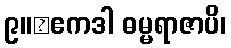
၉။	ဧကဒါ ဓမ္မရာဇာပိ၊